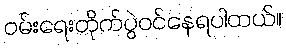
ဝမ်းရေးတိုက်ပွဲဝင်နေရပါတယ်။